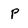
Character: p